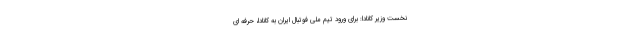
نخست وزیر کانادا: برای ورود تیم ملی فوتبال ایران به کانادا، حرفه ای